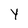
Character: Y